Madras plague regulations and rules - Volume 1
Disease focus: Plague
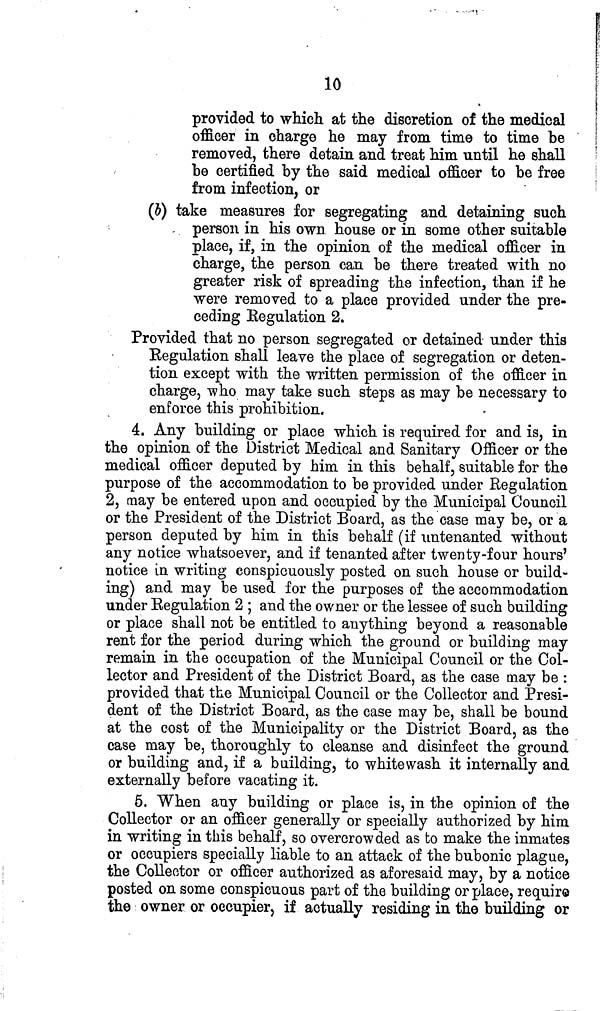
10
provided to which at the discretion of the medical
officer in charge he may from time to time be
removed, there detain and treat him until he shall
he certified by the said medical officer to be free
from infection, or
(b) take measures for segregating and detaining such
- person in his own. house or in some other suitable
place, if, in the opinion of the medical officer in
charge, the person can be there treated with no
greater risk of spreading the infection, than if he
were removed to a place provided under the pre-
ceding Regulation 2.
Provided that no person segregated or detained under this
Regulation shall leave the place of segregation or deten-
tion except with the written permission of the officer in
charge, who may take such steps as may be necessary to
enforce this prohibition.
4. Any building or place which is required for and is, in
the opinion of the District Medical and Sanitary Officer or the
medical officer deputed by him in this behalf, suitable for the
purpose of the accommodation to be provided under Regulation
2, may be entered upon and occupied by the Municipal Council
or the President of the District Board, as the case may be, or a
person deputed by him in this behalf (if untenanted without
any notice whatsoever, and if tenanted after twenty-four hours'
notice in writing conspicuously posted on such house or build-
ing) and may be used for the purposes of the accommodation
under Regulation 2 ; and the owner or the lessee of such building
or place shall not be entitled to anything beyond a reasonable
rent for the period during which the ground or building may
remain in the occupation of the Municipal Council or the Col-
lector and President of the District Board, as the case may be :
provided that the Municipal Council or the Collector and Presi-
dent of the District Board, as the case may be, shall be bound
at the cost of the Municipality or the District Board, as the
case may be, thoroughly to cleanse and disinfect the ground
or building and, if a building, to whitewash it internally and
externally before vacating it.
5. When any building or place is, in the opinion of the
Collector or an officer generally or specially authorized by him
in writing in this behalf, so overcrowded as to make the inmates
or occupiers specially liable to an attack of the bubonic plague,
the Collector or officer authorized as aforesaid may, by a notice
posted on some conspicuous part of the building or place, require
the owner or occupier, if actually residing in the building or